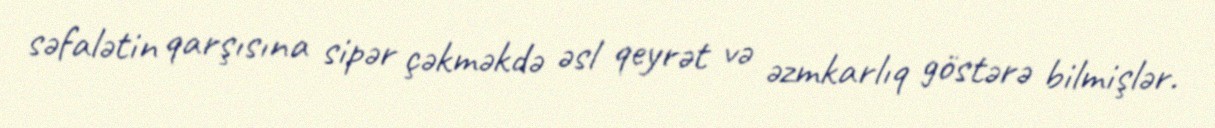
səfalətin qarşısına sipər çəkməkdə əsl qeyrət və əzmkarlıq göstərə bilmişlər.